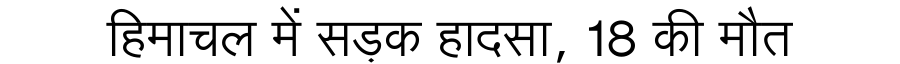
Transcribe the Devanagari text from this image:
हिमाचल में सड़क हादसा, 18 की मौत